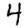
Digit: 4